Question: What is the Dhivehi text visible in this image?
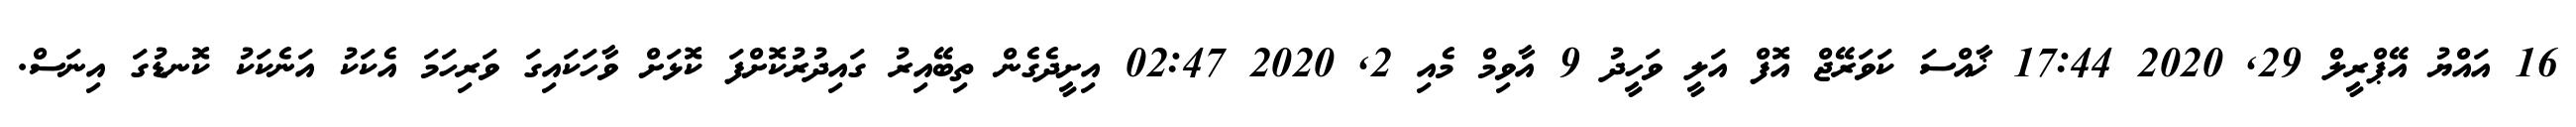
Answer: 16 އައްޔު އޭޕްރީލް 29, 2020 17:44 ޚާއްސަ ކަވަރޭޖް އޮފް އަލީ ވަހީދު 9 އާވިމް މެއި 2, 2020 02:47 އިށީދެގެން ތިބޭއިރު ގައިދުރުކޮށްފަ ކޮޅަށް ވާހަކައިގަ ވަރިހަމަ އެކަކު އަނެކަކު ކޮނޑުގަ އިނަސް.